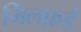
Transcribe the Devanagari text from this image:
मिलफ़र्ड